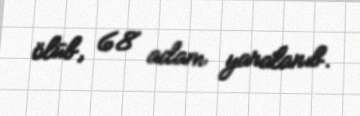
ölüb, 68 adam yaralanıb.